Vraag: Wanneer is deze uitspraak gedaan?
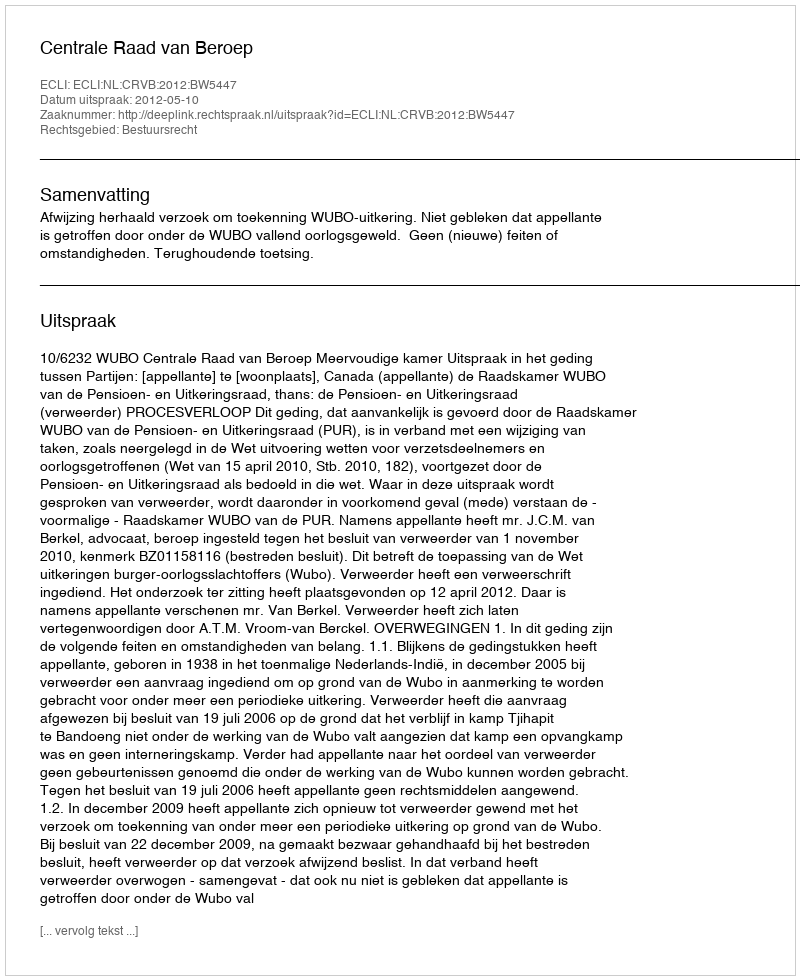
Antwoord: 2012-05-10